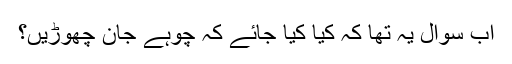
اب سوال یہ تھا کہ کیا کیا جائے کہ چوہے جان چھوڑیں؟